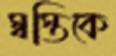
স্বস্তিকে